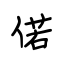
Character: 偌